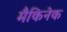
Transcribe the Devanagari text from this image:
मैकिनेक